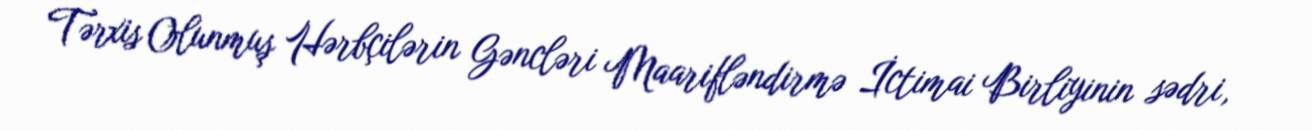
Tərxis Olunmuş Hərbçilərin Gəncləri Maarifləndirmə İctimai Birliyinin sədri,